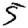
Digit: 5